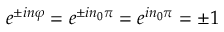
e ^ { \pm i n \varphi } = e ^ { \pm i n _ { 0 } \pi } = e ^ { i n _ { 0 } \pi } = \pm 1